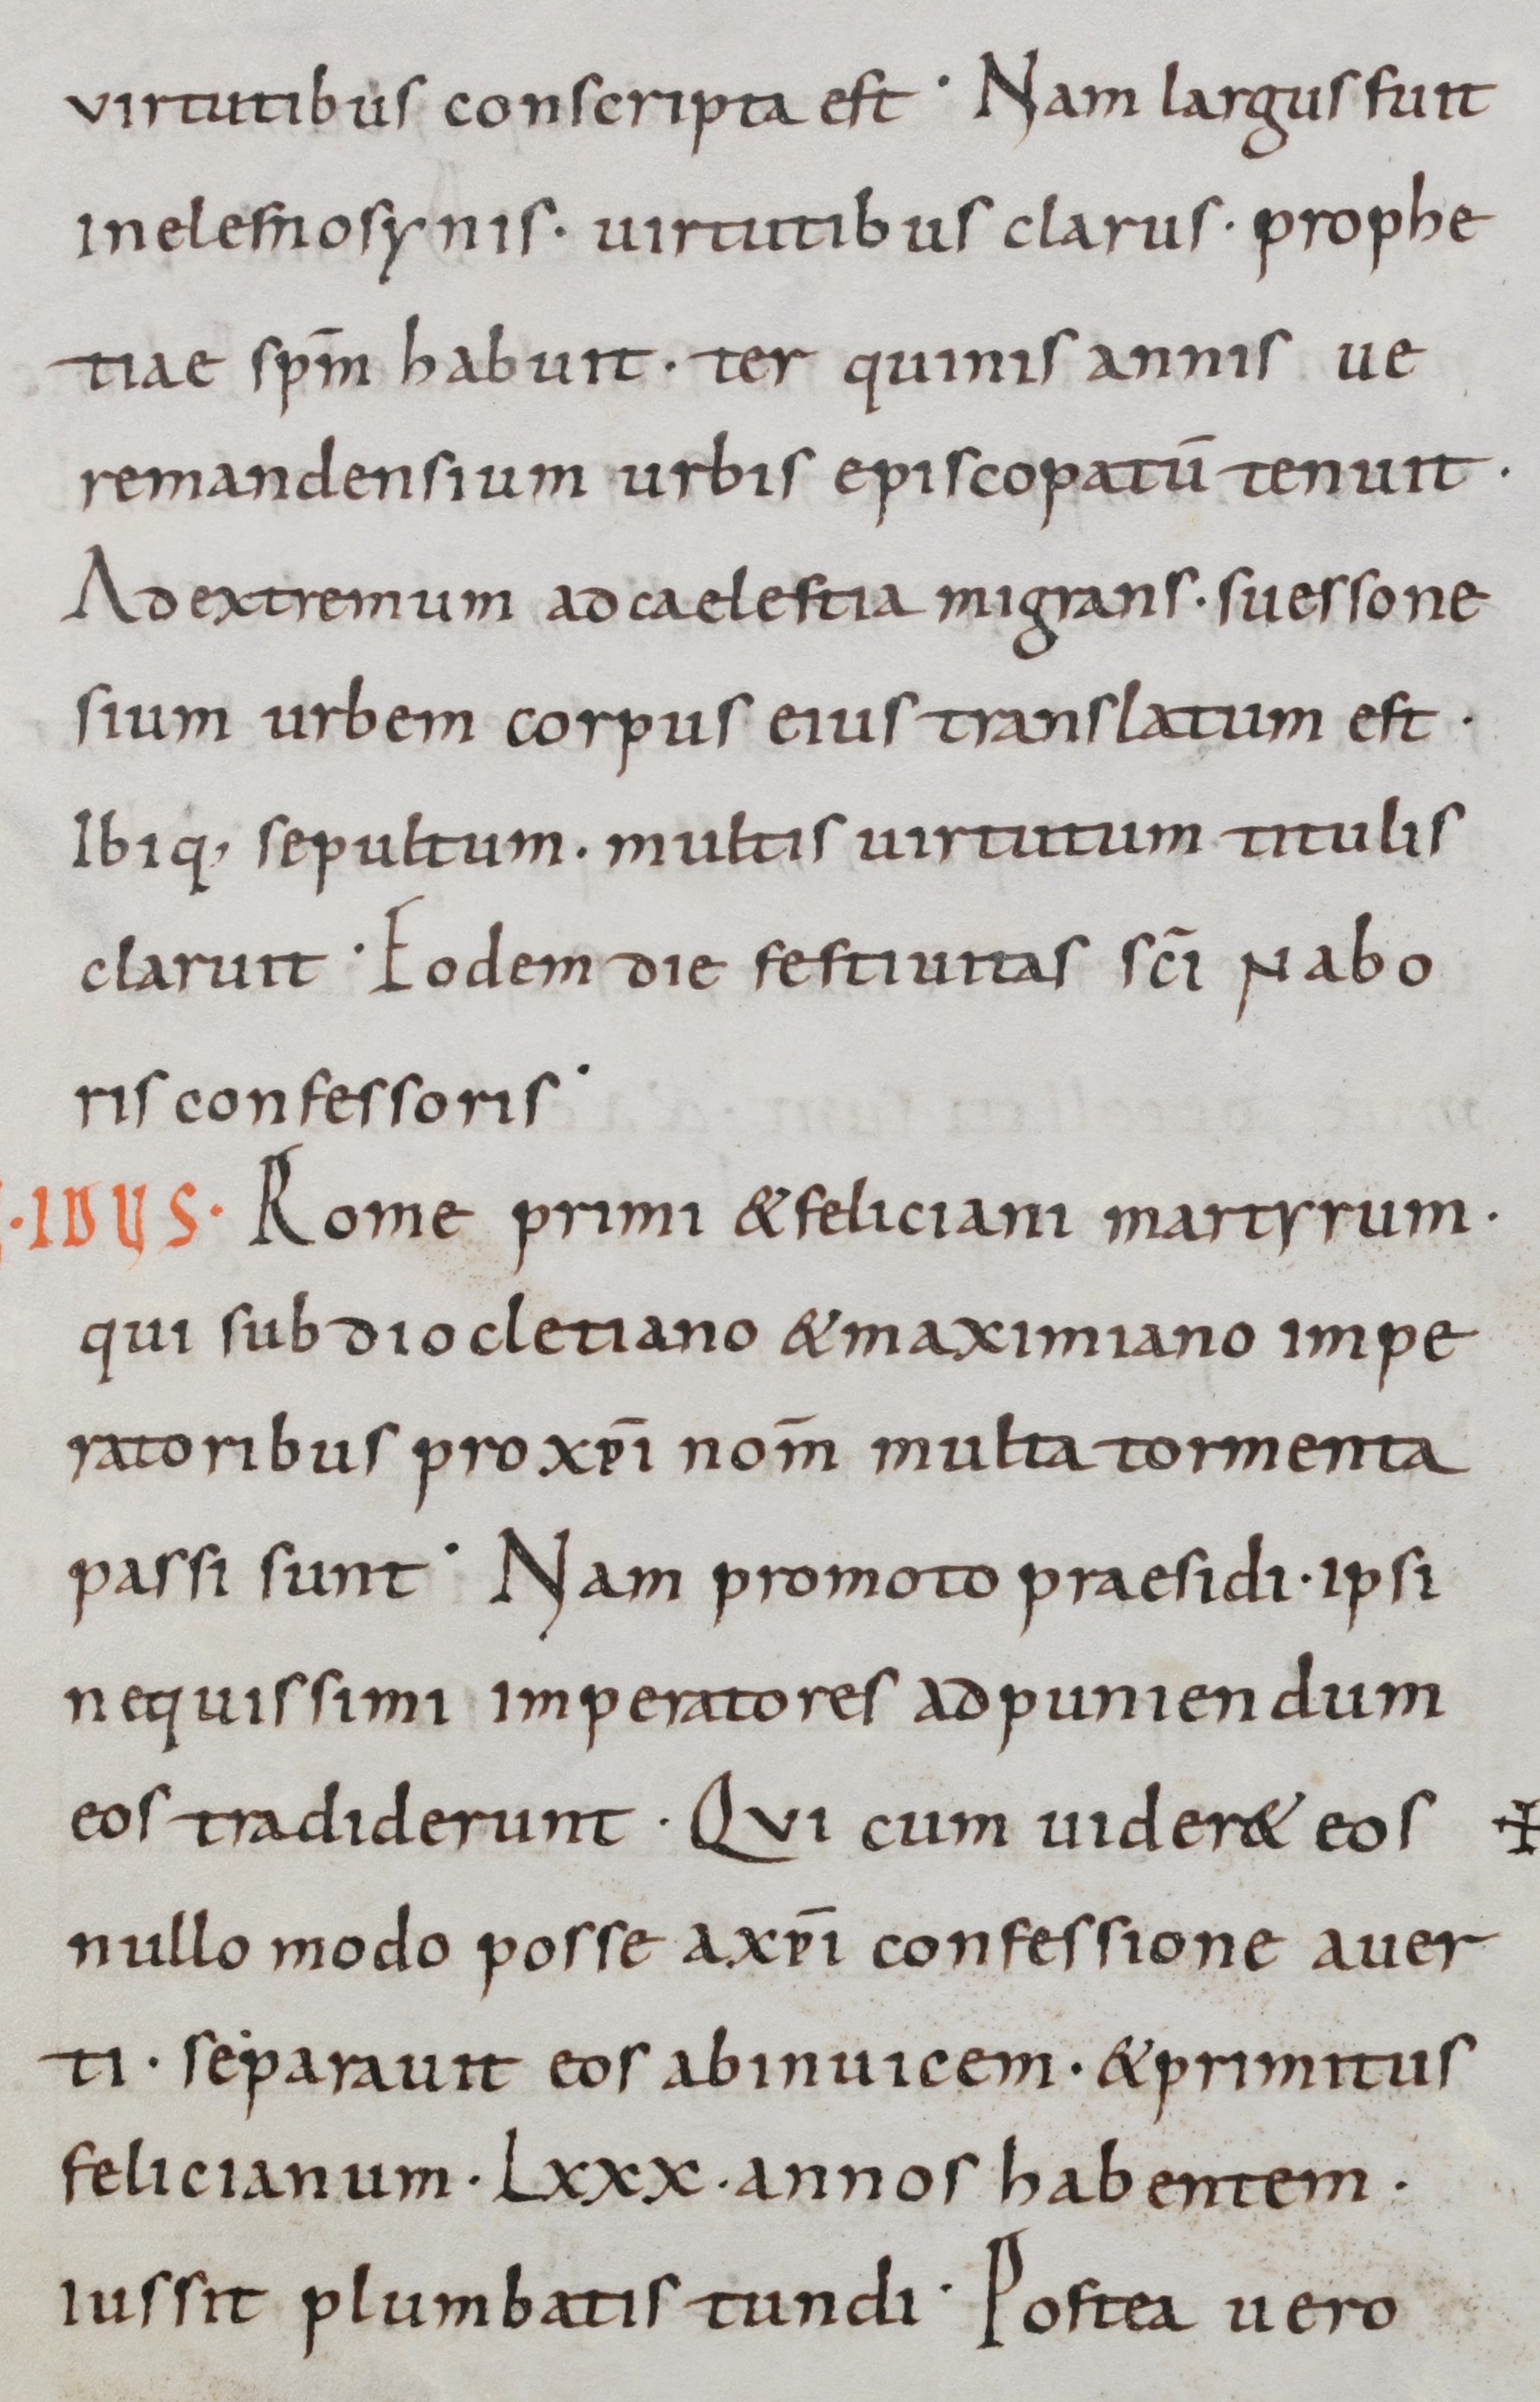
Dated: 800–899